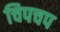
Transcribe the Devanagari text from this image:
चिपचप